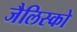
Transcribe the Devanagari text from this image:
जैलिस्को